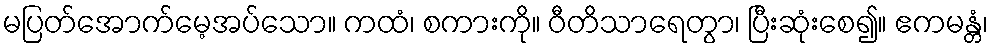
မပြတ်အောက်မေ့အပ်သော။ ကထံ၊ စကားကို။ ဝီတိသာရေတွာ၊ ပြီးဆုံးစေ၍။ ဧကမန္တံ၊